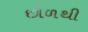
છોળથી